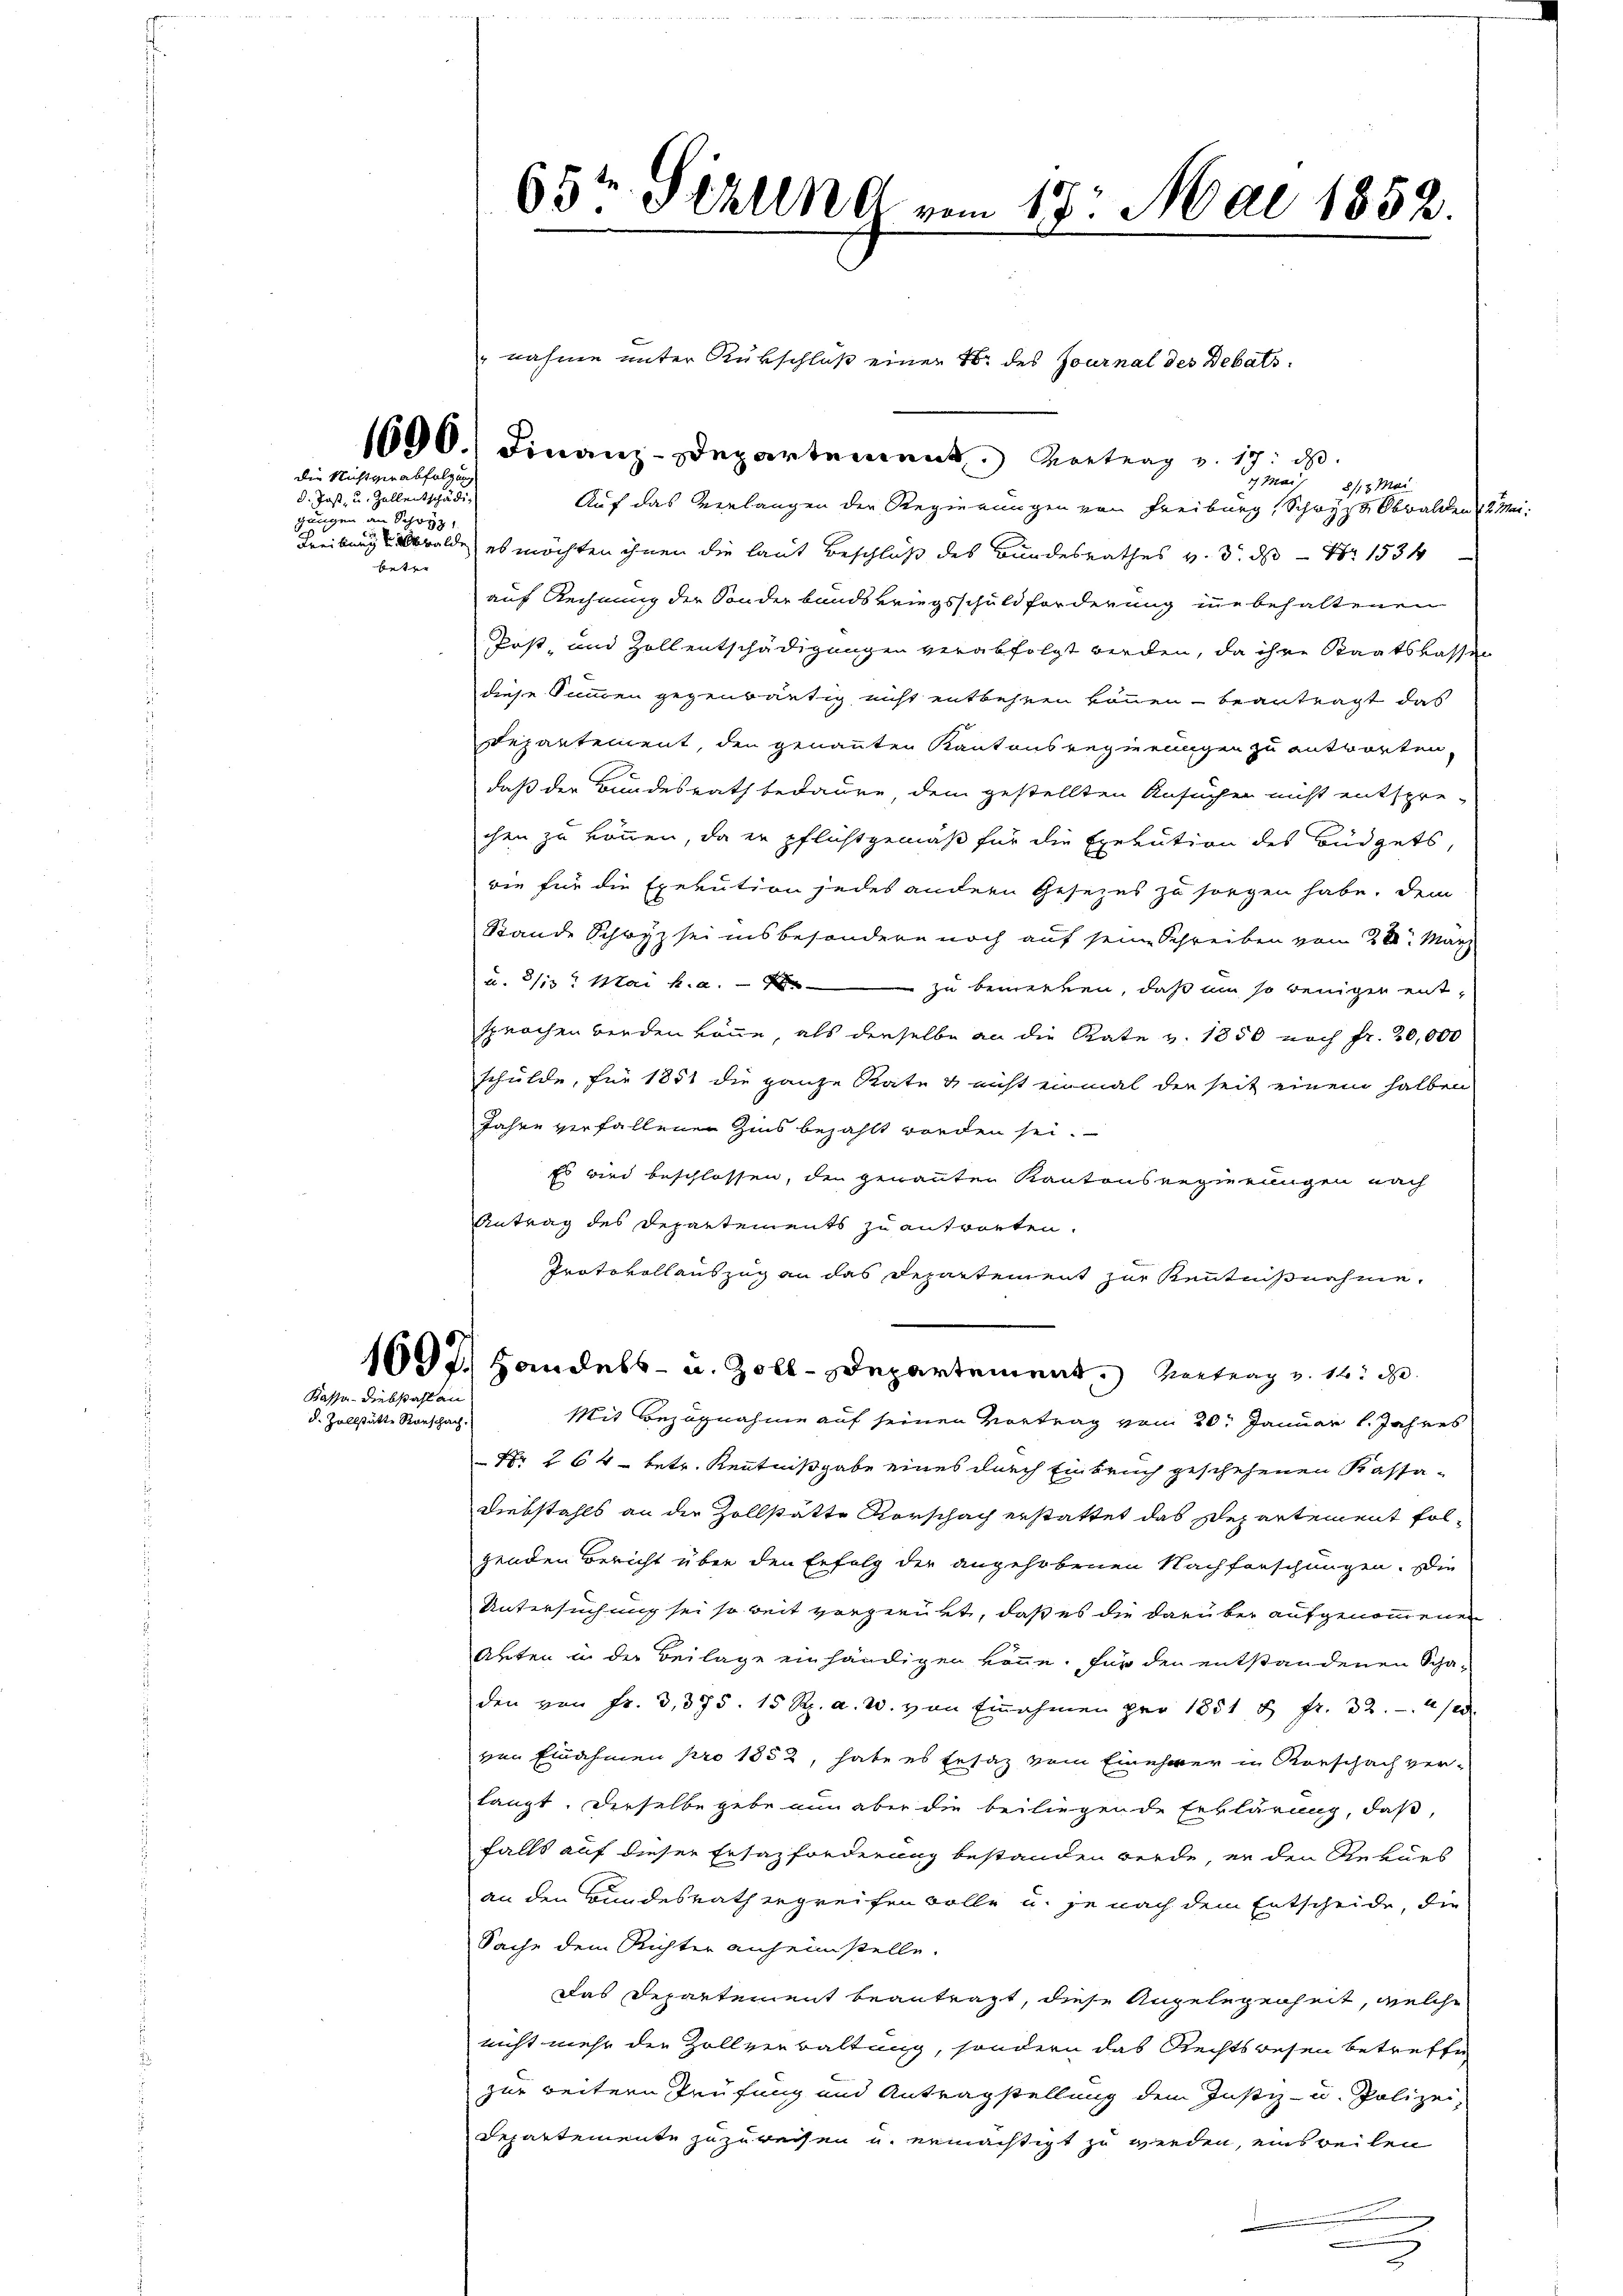
d. Jost, u. Zollentschädigungen an Schwyz,
betre

die Nicht verabfolgung

"nahme unter Rükschluß einer 16. des Journal des Debats¬
1690.) Finanz-Departement. Vortrag v. 17. d.
g Mar
8/13 Parte
Auf das Verlangen der Regierungen von Freiburg, Schwyz, Obwalden 12 Mai-
Freiburg Walde, es möchten ihnen die laut Beschluß des Bundesrathes v. 3. ds Nr 1534
auf Rechnung der Sonderbandskriegsschuldforderung inne behaltenen
Post, und Zollentschädigungen verabfolgt werden, da ihre Staatskassen
diese Summen gegenwärtig nicht entbehren können beantragt das
Departement, den genannten Kantonsregierungen zu antworten,
daß der Bundesrath bedaure, dem gestellten Ansuchen nicht entspre-
chen zu können, da er pflichtgemäß für die Exekution des Büdgets,
wie für die Exekution jedes andern Gesezes zu sorgen habe. Dem
Stande Schwyz sei insbesondere noch auf seine Schreiben vom 28. März
u. 81. Mai h. a. - 4. zu bemerken, daß um so wenigen ent-
sprochen werden könne, als derselbe an die Rate v. 1850 noch fr. 20,000
schulde, für 1851 die ganze Rate & nicht einmal der seit einem halben
Jahre verfallenen Zins bezahlt worden sei.
Es wird beschlossen, den genannten Kantonsregierungen nach
Antrag des Departements zu antworten.
Protokollauszug an das Departement zur Kenntnißnahme,
1090. Handels- u. Zoll-Departement. Vortrag v. 12. d.
Mit Bezugnahme auf seinen Vortrag vom 20. Januar l. Jahres
Nr 264 betr. Kenntnißgabe eines durch Einbruch geschehenen Kassa-
Diebstahls an der Zollstätte Vorschach erstattet das Departement folgenden Bericht über den Erfolg der angehobenen Nachforschungen. Die
Untersuchung sei so weit vorgerükt, daß es die darüber aufgenommenen
Abten in der Beilage einhändigen könne, für den entstandenen Scha-
den von fr. 3,375. 15 Rp. a. W. von Einnahmen pro 1851 u. fr. 32. 412.
von Einnahmen pro 1852, habe es Ersatz vom Einehrer in Vorschach ver-
langt. Derselbe gebe nun aber die beiliegende Erklärung, daß,
falls auf dieser Ersazforderung bestanden werde, er den Rekurs
an den Bundesrath ergreifen wolle u. je nach dem Entscheide, die
Sache dem Richter anheimstelle.
Das Departement beantragt, diese Angelegenheit, welche
nicht mehr die Zollverwaltung, sondern das Rechtswesen betreffe
zur weitern Prüfung und Antragstellung dem Justiz- u. Polizei,
Departemente zuzureisen u. ermächtigt zu werden, einsweilen
.

Kassa - Diebstahl an
d. Zollstätte Rorschach.

65t Serung vom 17. Mai 1852.